Problem: 2 × 5 = ?
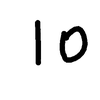
Handwritten answer: 10